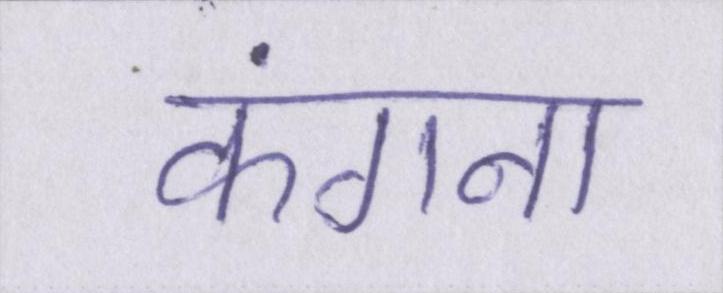
कंगना